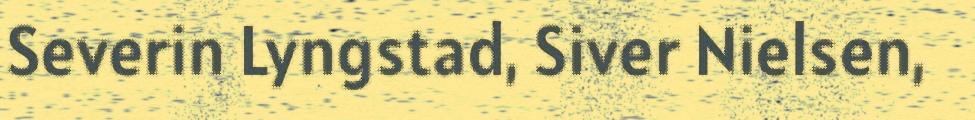
Severin Lyngstad, Siver Nielsen,